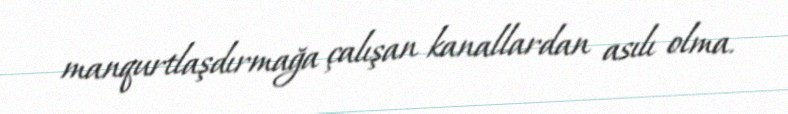
manqurtlaşdırmağa çalışan kanallardan asılı olma.